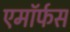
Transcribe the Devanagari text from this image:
एमॉर्फस